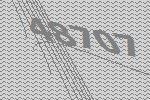
48707